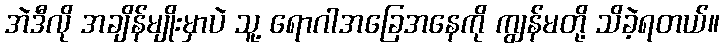
အဲဒီလို အချိန်မျိုးမှာပဲ သူ့ ရောဂါအခြေအနေကို ကျွန်မတို့ သိခဲ့ရတယ်။